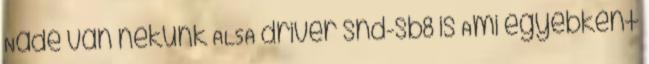
Nade van nekünk ALSA driver snd-sb8 is Ami egyébként